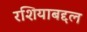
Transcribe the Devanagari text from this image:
रशियाबद्दल